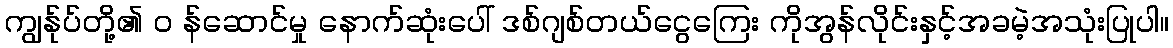
ကျွန်ုပ်တို့၏ ၀ န်ဆောင်မှု နောက်ဆုံးပေါ် ဒစ်ဂျစ်တယ်ငွေကြေး ကိုအွန်လိုင်းနှင့်အခမဲ့အသုံးပြုပါ။